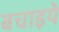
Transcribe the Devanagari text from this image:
बचाइये